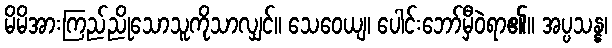
မိမိအားကြည်ညိုသောသူကိုသာလျှင်။ သေဝေယျ၊ ပေါင်းဘော်မှီဝဲရာ၏။ အပ္ပသန္န၊